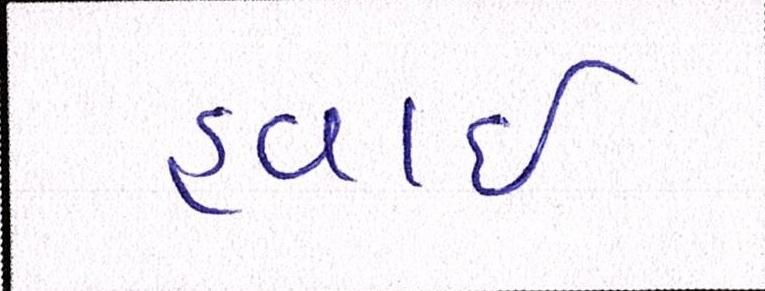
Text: હવાઇ